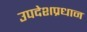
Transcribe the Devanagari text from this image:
उपदेशप्रधान